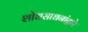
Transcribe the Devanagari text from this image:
शोधसाधनांद्वारे